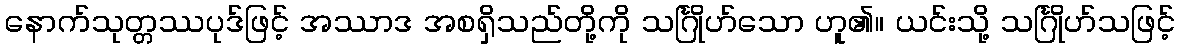
နောက်သုတ္တဿပုဒ်ဖြင့် အဿာဒ အစရှိသည်တို့ကို သင်္ဂြိုဟ်သော ဟူ၏။ ယင်းသို့ သင်္ဂြိုဟ်သဖြင့်